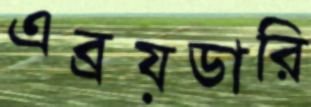
এব্রয়ডারি